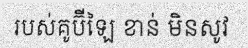
របស់គូប៊ីឡៃ ខាន់ មិនសូវ